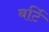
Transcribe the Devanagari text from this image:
बर्टि